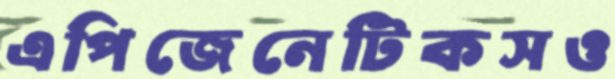
এপিজেনেটিকসও